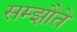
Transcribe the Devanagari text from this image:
सम्झौते